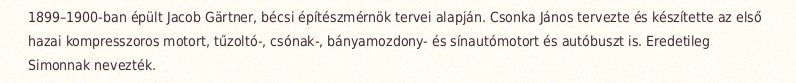
1899–1900-ban épült Jacob Gärtner, bécsi építészmérnök tervei alapján. Csonka János tervezte és készítette az első hazai kompresszoros motort, tűzoltó-, csónak-, bányamozdony- és sínautómotort és autóbuszt is. Eredetileg Simonnak nevezték.